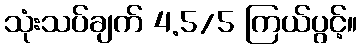
သုံးသပ်ချက် 4.5/5 ကြယ်ပွင့်။